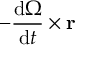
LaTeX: - { \frac { \mathrm { d } { \boldsymbol { \Omega } } } { \mathrm { d } t } } \times \mathbf { r }